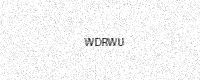
Text: WDRWU